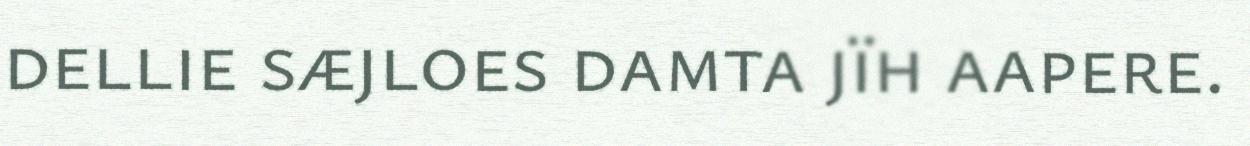
dellie sæjloes damta jïh aapere.